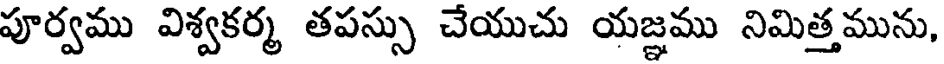
పూర్వము విశ్వకర్మ తపస్సు చేయుచు యజ్ఞము నిమిత్తమును,